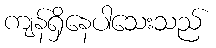
ကျန်ရှိနေပါသေးသည်